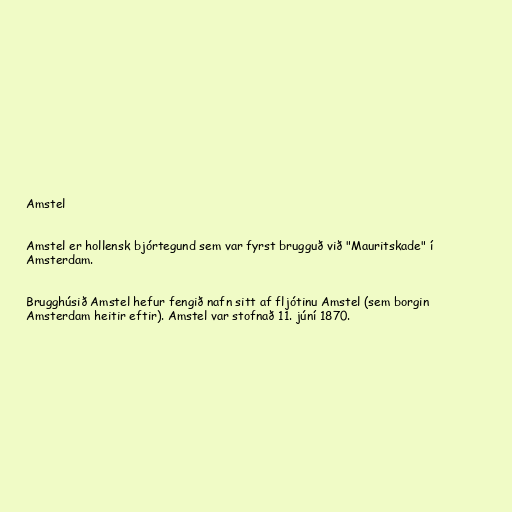
Amstel

Amstel er hollensk bjórtegund sem var fyrst brugguð við "Mauritskade" í
Amsterdam.

Brugghúsið Amstel hefur fengið nafn sitt af fljótinu Amstel (sem borgin
Amsterdam heitir eftir). Amstel var stofnað 11. júní 1870.